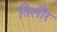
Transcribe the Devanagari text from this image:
तिलौर